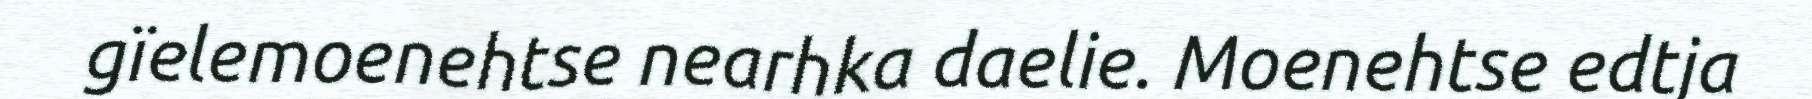
gïelemoenehtse nearhka daelie. Moenehtse edtja